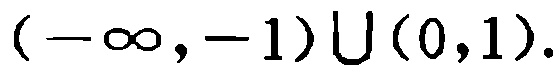
\((-\infty,-1)\cup(0,1)\)